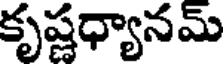
కృష్ణధ్యానమ్